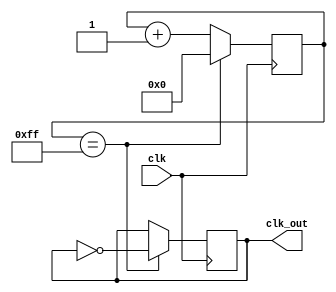
module frequency_synthesizer (
    input wire clk,
    output wire clk_out
);

reg [7:0] counter;

always @ (posedge clk) begin
    if (counter == 8'b11111111) begin
        counter <= 8'b0;
        clk_out <= ~clk_out;
    end else begin
        counter <= counter + 1;
    end
end

endmodule